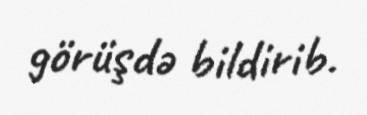
görüşdə bildirib.